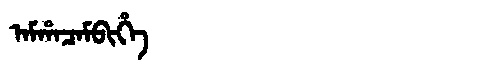
Manchu: ᠠᠮᡥᠠᠴᠠᠮᠪᡳᡥᡝ
Romanization: AMHACAMBIHE